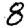
Digit: 8